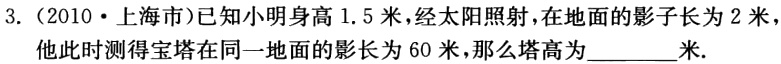
3.（2010·上海市）已知小明身高 1.5 米，经太阳照射，在地面的影子长为 2 米，他此时测得宝塔在同一地面的影长为 60 米，那么塔高为________米.